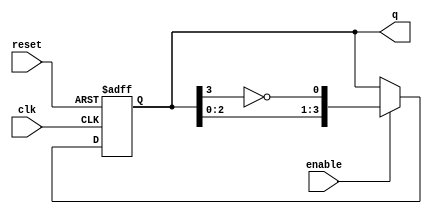
module ring_johnson_counter #(
    parameter N = 4  // Number of flip-flops (should be even)
)(
    input wire clk,          // Clock input
    input wire reset,        // Asynchronous reset
    input wire enable,       // Enable signal
    output reg [N-1:0] q     // Counter output
);

// Internal signals for the D flip-flops
wire [N-1:0] d;

// Feedback mechanism for the Johnson counter
assign d[0] = ~q[N-1];  // Inverted output of the last flip-flop
genvar i;
generate
    for (i = 1; i < N; i = i + 1) begin : flip_flops
        assign d[i] = q[i-1];  // Each flip-flop takes the output of the previous one
    end
endgenerate

// Sequential logic for the D flip-flops
always @(posedge clk or posedge reset) begin
    if (reset) begin
        q <= 0;  // Reset all flip-flops to 0
    end else if (enable) begin
        q <= d;  // Update the state of the counter
    end
end

endmodule